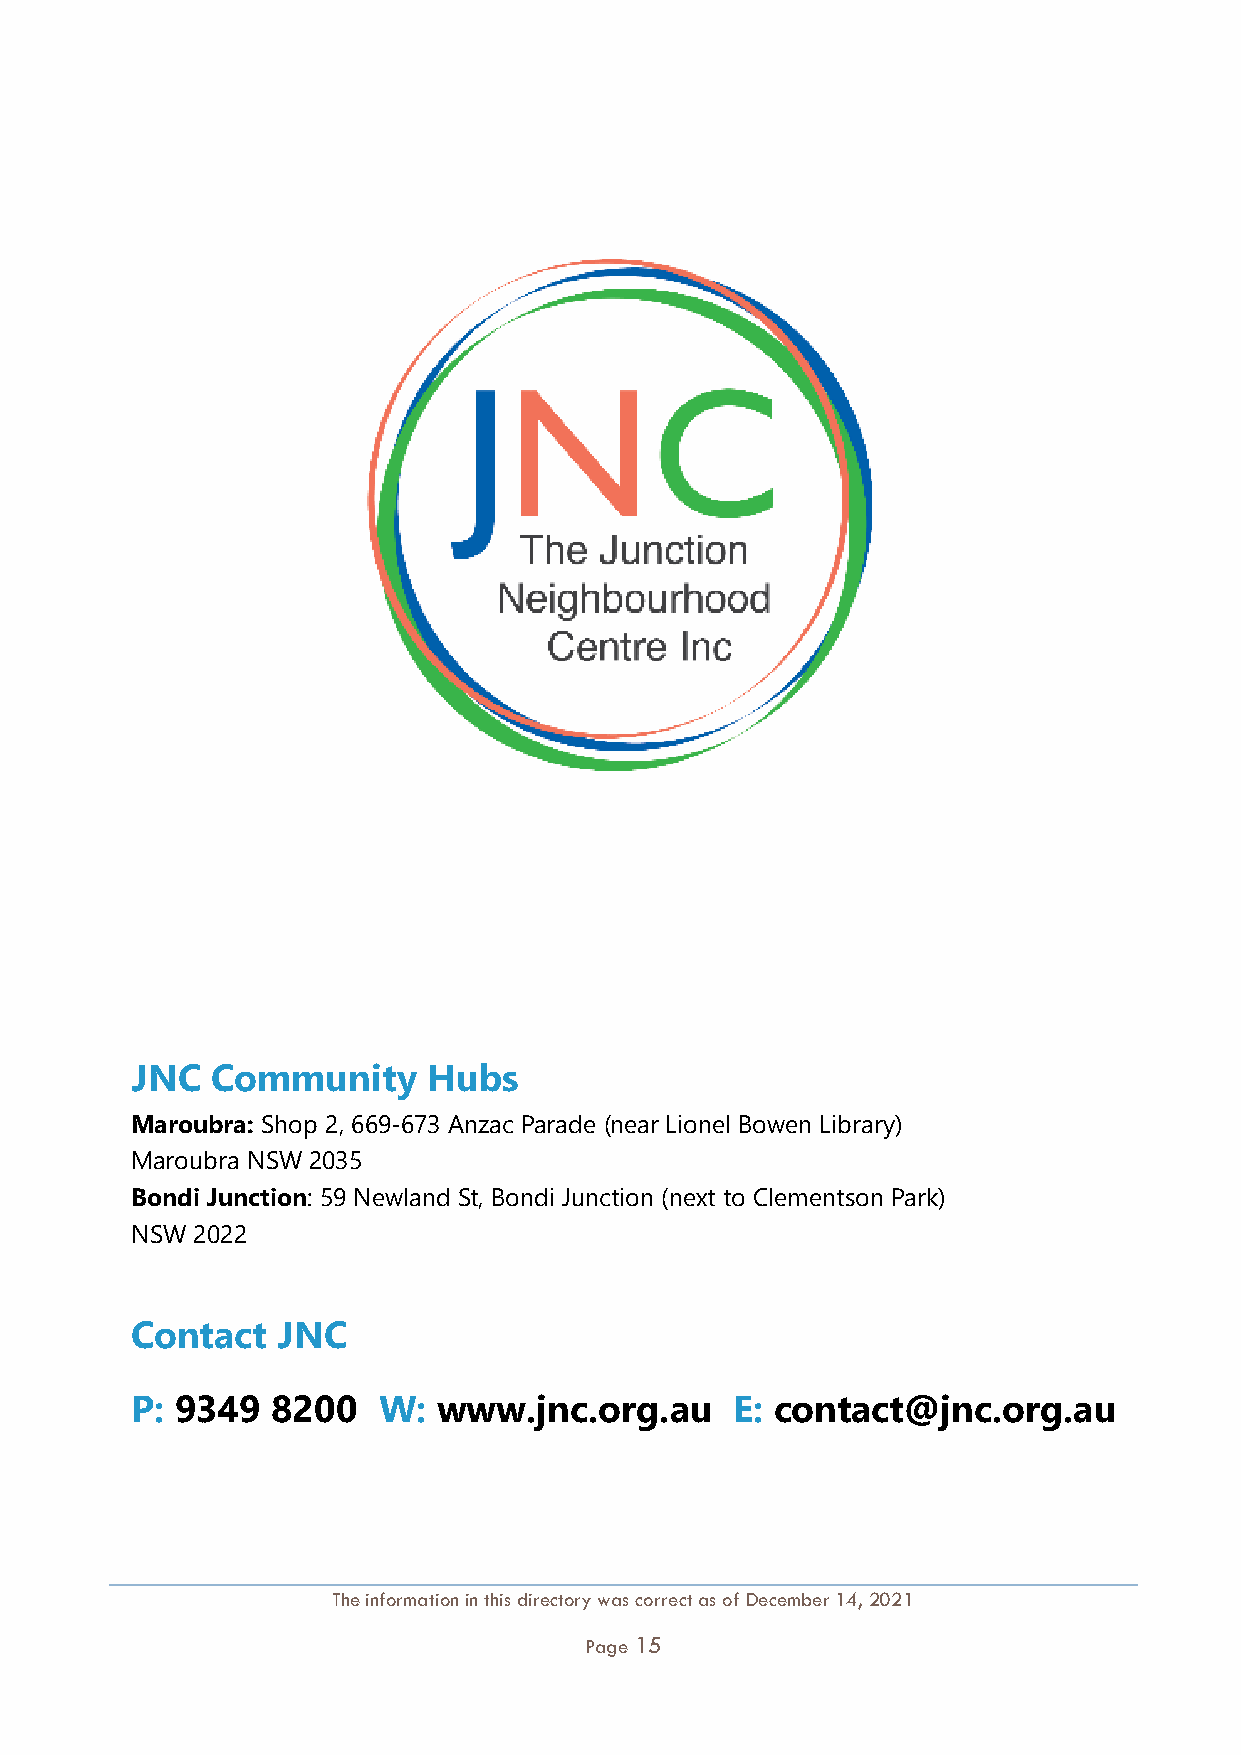
JNC  Community     Hubs
 Maroubra: Shop 2, 669-673 Anzac Parade (near Lionel Bowen Library)
 Maroubra NSW 2035
 Bondi Junction: 59 Newland St, Bondi Junction (next to Clementson Park)
 NSW 2022
 Contact  JNC
 P: 9349  8200   W:  www.jnc.org.au      E: contact@jnc.org.au
 The information in this directory was correct as of December 14, 2021
 Page 15